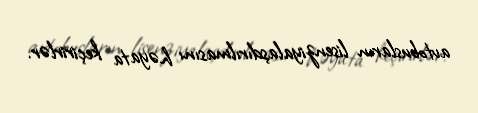
avtobusların lisenziyalaşdırılmasını həyata keçirirlər.